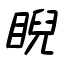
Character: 睨